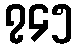
၇၄၅